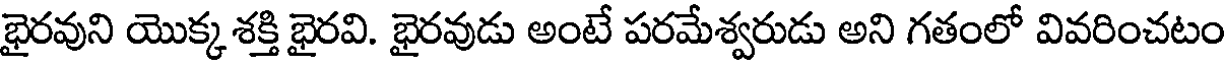
భైరవుని యొక్క శక్తి భైరవి. భైరవుడు అంటే పరమేశ్వరుడు అని గతంలో వివరించటం